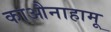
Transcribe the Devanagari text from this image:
काऔनाहामू